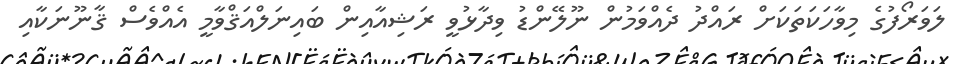
ލަވަރޯފުގެ މިވާހަކަތަކަށް ރައްދު ދެއްވަމުން ނޫލޭންޑު ވިދާޅުވީ ރަޝިއާއިން ބައިނަލްއަޤްވާމީ އެއްވެސް ޤާނޫނަކާއި